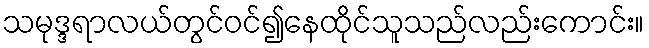
သမုဒ္ဒရာလယ်တွင်ဝင်၍နေထိုင်သူသည်လည်းကောင်း။